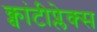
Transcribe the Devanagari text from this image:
क्वांटीप्लेक्स